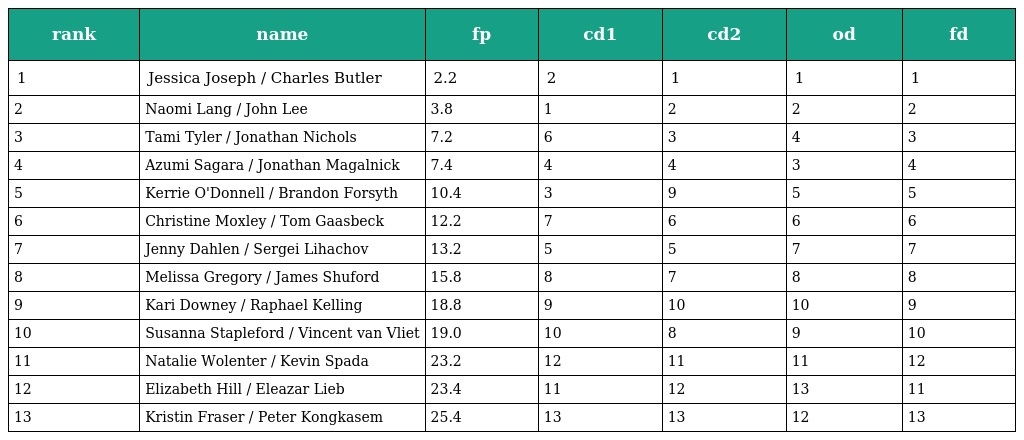
| rank | name | fp | cd1 | cd2 | od | fd |
 | --- | --- | --- | --- | --- | --- | --- |
 | 1 | Jessica Joseph / Charles Butler | 2.2 | 2 | 1 | 1 | 1 |
 | 2 | Naomi Lang / John Lee | 3.8 | 1 | 2 | 2 | 2 |
 | 3 | Tami Tyler / Jonathan Nichols | 7.2 | 6 | 3 | 4 | 3 |
 | 4 | Azumi Sagara / Jonathan Magalnick | 7.4 | 4 | 4 | 3 | 4 |
 | 5 | Kerrie O'Donnell / Brandon Forsyth | 10.4 | 3 | 9 | 5 | 5 |
 | 6 | Christine Moxley / Tom Gaasbeck | 12.2 | 7 | 6 | 6 | 6 |
 | 7 | Jenny Dahlen / Sergei Lihachov | 13.2 | 5 | 5 | 7 | 7 |
 | 8 | Melissa Gregory / James Shuford | 15.8 | 8 | 7 | 8 | 8 |
 | 9 | Kari Downey / Raphael Kelling | 18.8 | 9 | 10 | 10 | 9 |
 | 10 | Susanna Stapleford / Vincent van Vliet | 19.0 | 10 | 8 | 9 | 10 |
 | 11 | Natalie Wolenter / Kevin Spada | 23.2 | 12 | 11 | 11 | 12 |
 | 12 | Elizabeth Hill / Eleazar Lieb | 23.4 | 11 | 12 | 13 | 11 |
 | 13 | Kristin Fraser / Peter Kongkasem | 25.4 | 13 | 13 | 12 | 13 |